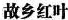
故乡红叶